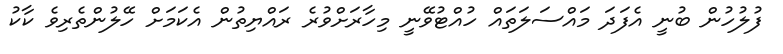
ފުލުހުން ބުނީ އެފަދަ މައްސަލަތައް ހުއްޓުވޭނީ މިހާރަށްވުރެ ރައްޔިތުން އެކަމަށް ހޭލުންތެރިވެ ކާކު